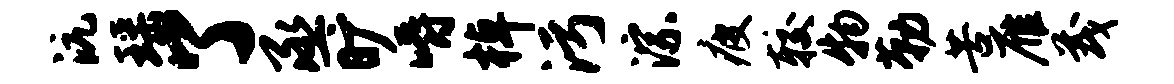
沆瑶了丞旷嚼棹污淙疲较物勒苦雁茂